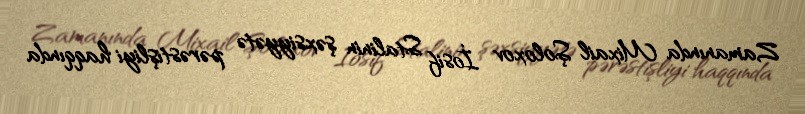
Zamanında Mixail Şoloxov İosif Stalinin şəxsiyyətə pərəstişliyi haqqında